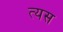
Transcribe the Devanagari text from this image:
त्यस